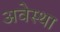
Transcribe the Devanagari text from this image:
अवेस्था